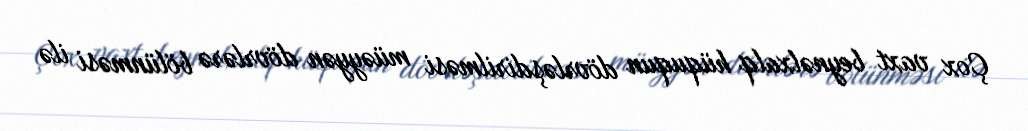
Çox vaxt beynəlxalq hüququn dövrləşdirilməsi müəyyən dövrlərə bölünməsi ilə